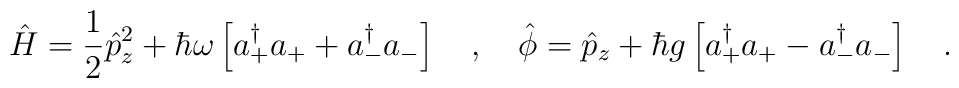
\hat{H}=\frac{1}{2}\hat{p}^2_z+\hbar\omega\left[a^\dagger_+a_++a^\dagger_-a_-\right]\ \ \ ,\ \ \ \hat{\phi}=\hat{p}_z+\hbar g\left[a^\dagger_+a_+-a^\dagger_-a_-\right]\ \ \ .